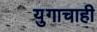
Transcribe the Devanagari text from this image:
युगाचाही